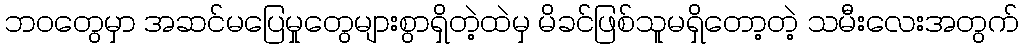
ဘဝတွေမှာ အဆင်မပြေမှုတွေများစွာရှိတဲ့ထဲမှ မိခင်ဖြစ်သူမရှိတော့တဲ့ သမီးလေးအတွက်